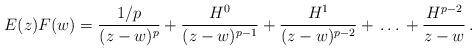
LaTeX: \begin{align*} E(z)F(w)=\frac{1/p}{(z-w)^{p}} +\frac{H^0}{(z-w)^{p-1}} +\frac{H^1}{(z-w)^{p-2}}+\,\dots\, +\frac{H^{p-2}}{z-w}\,.\end{align*}